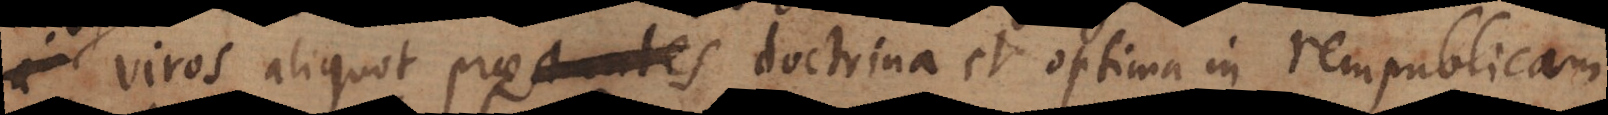
viros aliquot prostantes doctrina et optima in rempublicam